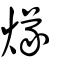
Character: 煫